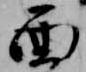
面